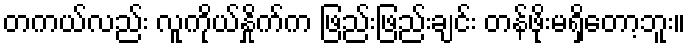
တကယ်လည်း လူကိုယ်နှိုက်က ဖြည်းဖြည်းချင်း တန်ဖိုးမရှိတော့ဘူး။